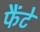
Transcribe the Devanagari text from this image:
फैंटे